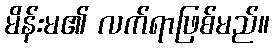
မိန်းမ၏ လက်ရာဖြစ်မည်။